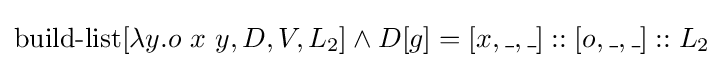
\operatorname {build-list} [\lambda y.o\ x\ y,D,V,L_{2}]\land D[g]=[x,\_,\_]::[o,\_,\_]::L_{2}